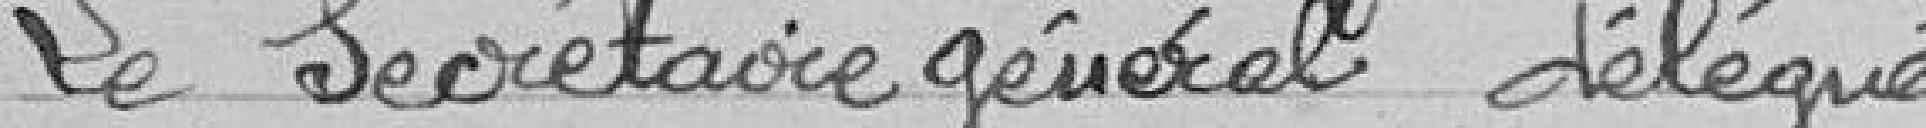
Le Secrétaire général délégué